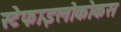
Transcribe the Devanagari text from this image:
स्टेफाइलोकोकस